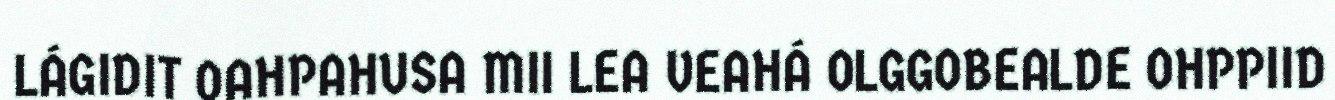
LÁGIDIT OAHPAHUSA MII LEA VEAHÁ OLGGOBEALDE OHPPIID